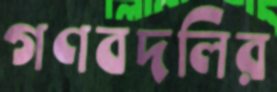
গণবদলির